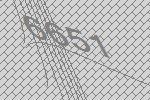
6651